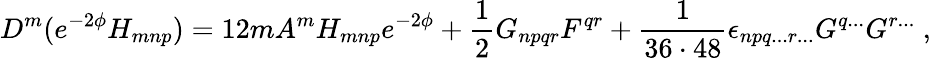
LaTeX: D^{m}(e^{-2\phi}H_{mnp})=12mA^{m}H_{mnp}e^{-2\phi}+\frac{1}{2}G_{npqr}F^{qr}+{\frac{1}{36\cdot 48}}\epsilon_{npq...r...}G^{q...}G^{r...}\ ,